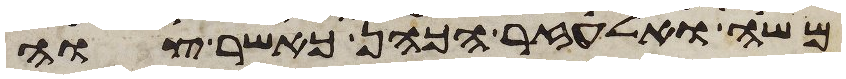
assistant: משה ואלעזר הכהן כאשר צוה